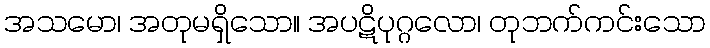
အသမော၊ အတုမရှိသော။ အပဋိပုဂ္ဂလော၊ တုဘက်ကင်းသော